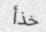
خذأ